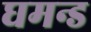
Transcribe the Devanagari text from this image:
घमन्ड